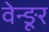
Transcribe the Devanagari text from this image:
वेन्ङूर